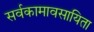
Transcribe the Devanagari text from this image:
सर्वकामावसायिता